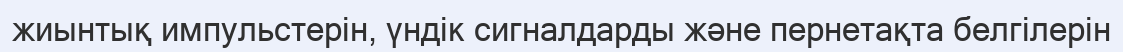
жиынтық импульстерін, үндік сигналдарды және пернетақта белгілерін